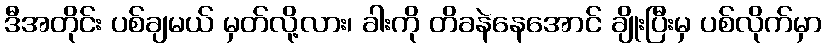
ဒီအတိုင်း ပစ်ချမယ် မှတ်လို့လား၊ ခါးကို တိခနဲနေအောင် ချိုးပြီးမှ ပစ်လိုက်မှာ